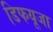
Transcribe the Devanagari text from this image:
डिफयूजा